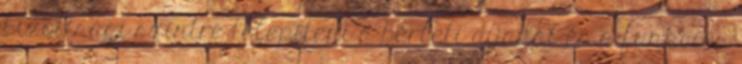
bizottsági szintre telepíteni a bérleti díjakat és a funkciós